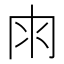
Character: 𠕒